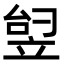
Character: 𬔟